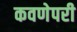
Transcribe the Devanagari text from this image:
कवणेपरी